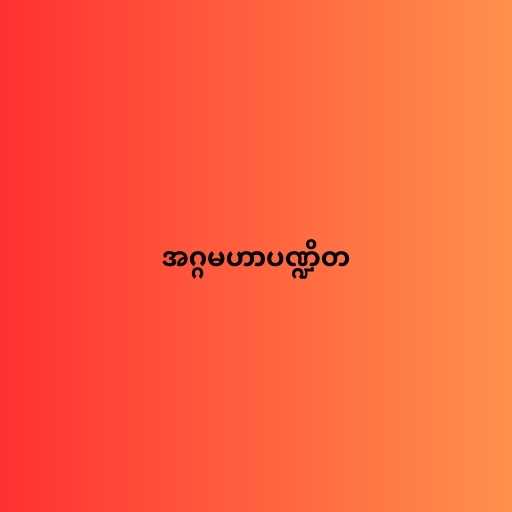
အဂ္ဂမဟာပဏ္ဍိတ